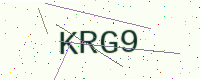
Text: KRG9